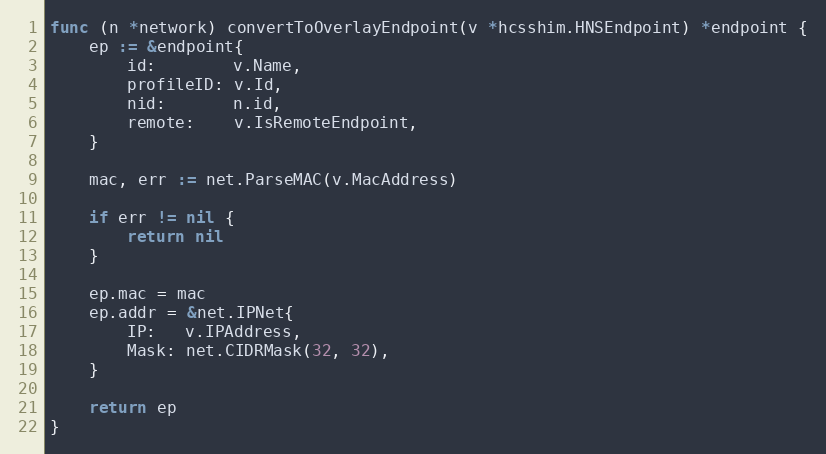
Language: Go
func (n *network) convertToOverlayEndpoint(v *hcsshim.HNSEndpoint) *endpoint {
	ep := &endpoint{
		id:        v.Name,
		profileID: v.Id,
		nid:       n.id,
		remote:    v.IsRemoteEndpoint,
	}

	mac, err := net.ParseMAC(v.MacAddress)

	if err != nil {
		return nil
	}

	ep.mac = mac
	ep.addr = &net.IPNet{
		IP:   v.IPAddress,
		Mask: net.CIDRMask(32, 32),
	}

	return ep
}